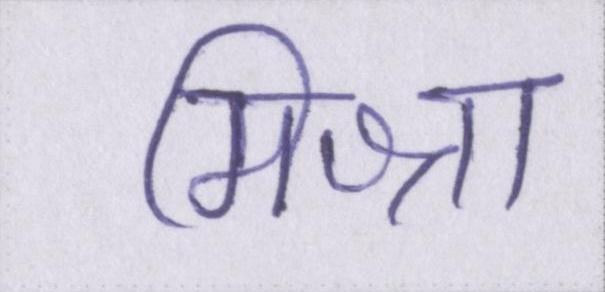
मिश्रा